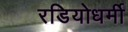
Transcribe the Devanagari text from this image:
रडियोधर्मी